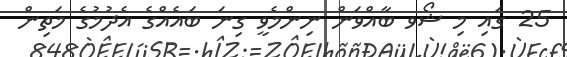
25 ގައި މި ޝޯވ ބާއްވަން ނިންމެވީ ގިނަ ބައެއްގެ އެދުމުގެ މަތިން